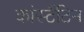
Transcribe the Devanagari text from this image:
कांस्टैंटिन